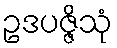
ဥဒပဇ္ဇိသုံ